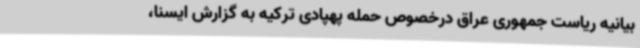
بیانیه ریاست جمهوری عراق درخصوص حمله پهپادی ترکیه به گزارش ایسنا،